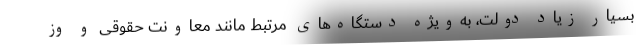
بسیار زیاد دولت، به‌ویژه دستگاه‌های مرتبط مانند معاونت حقوقی و وز